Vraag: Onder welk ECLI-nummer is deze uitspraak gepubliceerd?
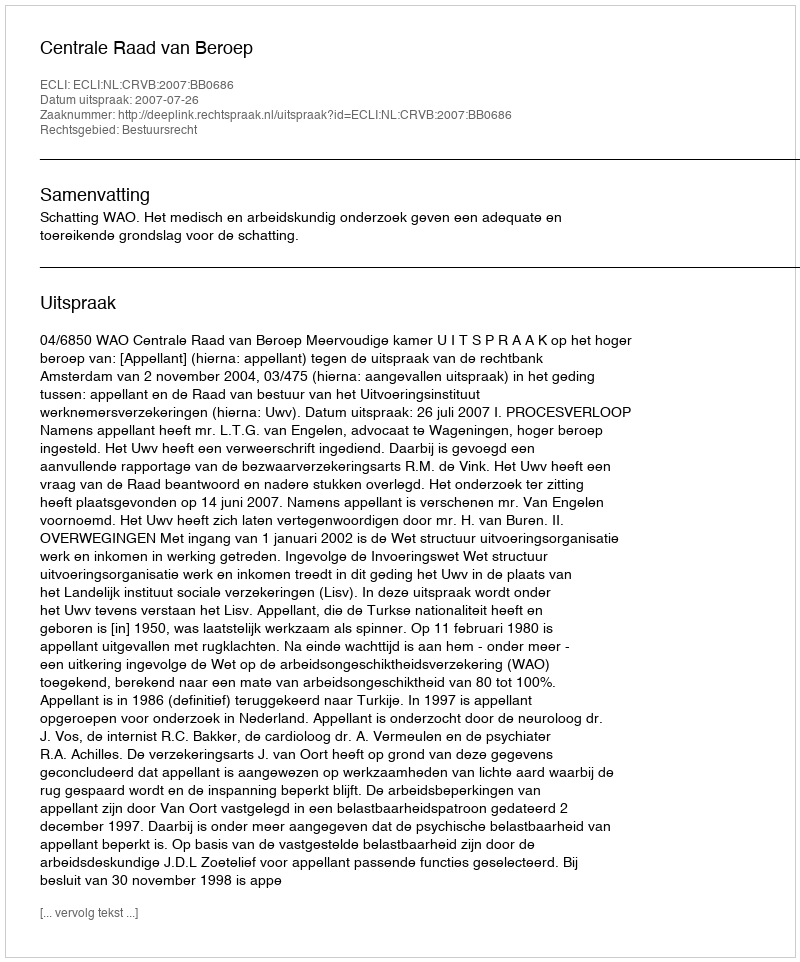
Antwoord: ECLI:NL:CRVB:2007:BB0686